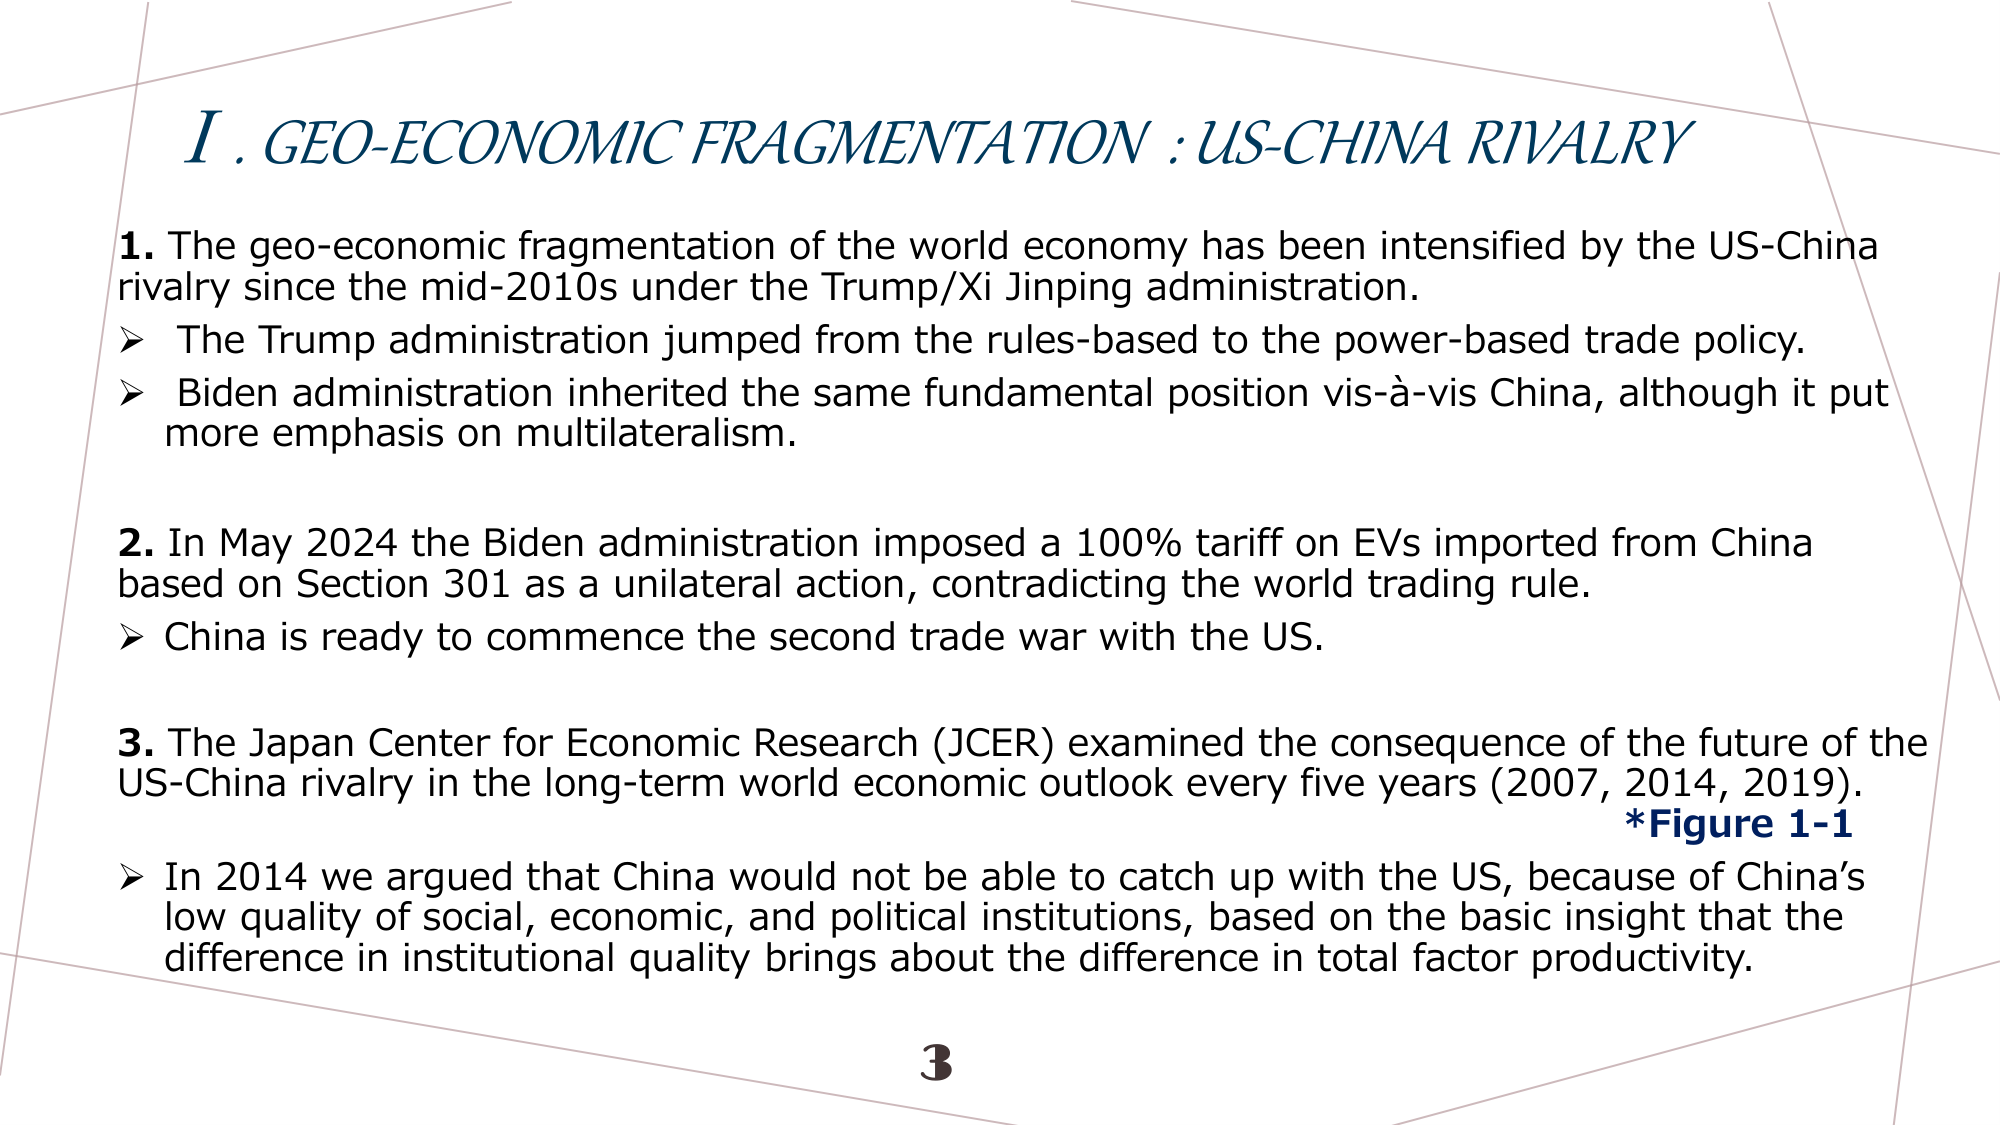
I. GEO-ECONOMIC FRAGMENTATION : US-CHINA RIVALRY

1. The geo-economic fragmentation of the world economy has been intensified by the US-China rivalry since the mid-2010s under the Trump/Xi Jinping administration.
➤ The Trump administration jumped from the rules-based to the power-based trade policy.
➤ Biden administration inherited the same fundamental position vis-à-vis China, although it put more emphasis on multilateralism.

2. In May 2024 the Biden administration imposed a 100% tariff on EVs imported from China based on Section 301 as a unilateral action, contradicting the world trading rule.
➤ China is ready to commence the second trade war with the US.

3. The Japan Center for Economic Research (JCER) examined the consequence of the future of the US-China rivalry in the long-term world economic outlook every five years (2007, 2014, 2019). *Figure 1-1
➤ In 2014 we argued that China would not be able to catch up with the US, because of China’s low quality of social, economic, and political institutions, based on the basic insight that the difference in institutional quality brings about the difference in total factor productivity.

3